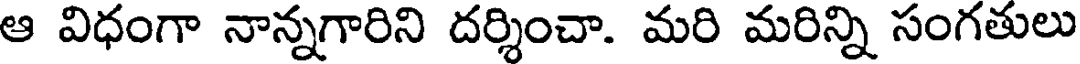
ఆ విధంగా నాన్నగారిని దర్శించా. మరి మరిన్ని సంగతులు